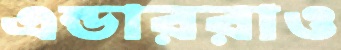
এন্ডাররাও